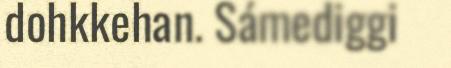
dohkkehan. Sámediggi